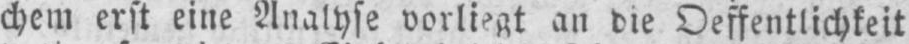
chem erst eine Analyse vorliegt an die Oeffentlichkeit